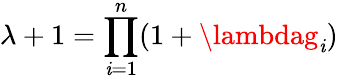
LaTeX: \lambda+1=\prod_{\mathit{i}=1}^{n}(1+\lambdag_{\mathit{i}})